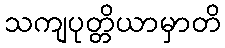
သကျပုတ္တိယာမှာတိ